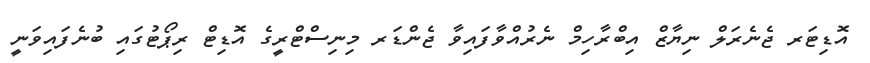
އޮޑިޓަރ ޖެނެރަލް ނިޔާޒް އިބްރާހިމް ނެރުއްވާފައިވާ ޖެންޑަރ މިނިސްޓްރީގެ އޮޑިޓް ރިޕޯޓުގައި ބުނެފައިވަނީ